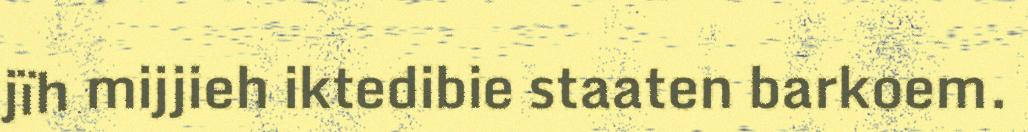
jïh mijjieh iktedibie staaten barkoem.